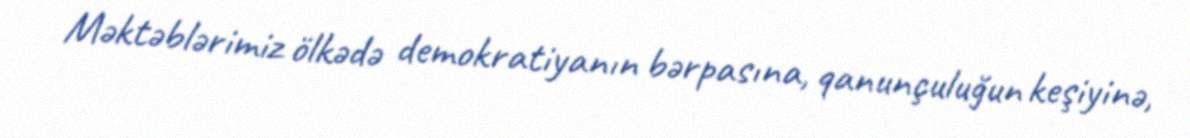
Məktəblərimiz ölkədə demokratiyanın bərpasına, qanunçuluğun keşiyinə,